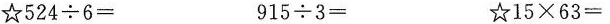
☆$$524\div 6＝$$ $$915\div 3＝$$ ☆$$15\times 63＝$$